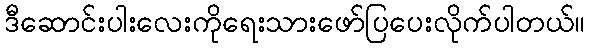
ဒီဆောင်းပါးလေးကိုရေးသားဖော်ပြပေးလိုက်ပါတယ်။